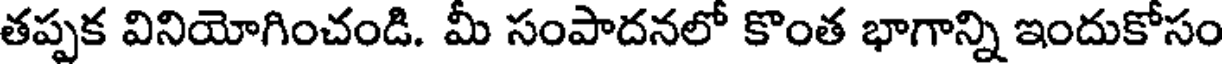
తప్పక వినియోగించండి. మీ సంపాదనలో కొంత భాగాన్ని ఇందుకోసం